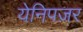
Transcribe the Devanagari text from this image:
येनिपज़र